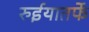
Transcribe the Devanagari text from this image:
रुईयातर्फे